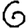
Digit: 6